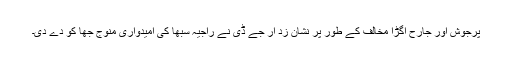
پرجوش اور جارح اگڑا مخالف کے طور پر نشان زد آر جے ڈی نے راجیہ سبھا کی امیدواری منوج جھا کو دے دی۔